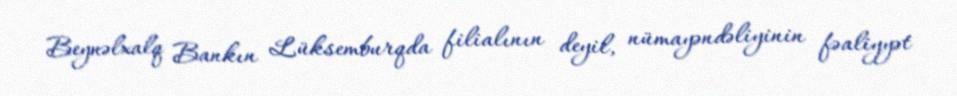
Beynəlxalq Bankın Lüksemburqda filialının deyil, nümayəndəliyinin fəaliyyət